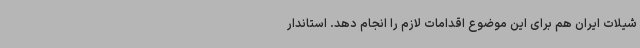
شیلات ایران هم برای این موضوع اقدامات لازم را انجام دهد. استاندار